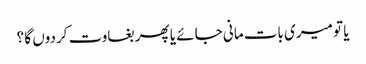
یا تو میری بات مانی جائے یا پھر بغاوت کردوں گا ؟